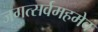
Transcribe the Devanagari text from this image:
जगत्सर्वमहमेव